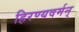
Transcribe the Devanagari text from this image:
हिरण्यवर्मन्